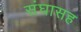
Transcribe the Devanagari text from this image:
संघासह